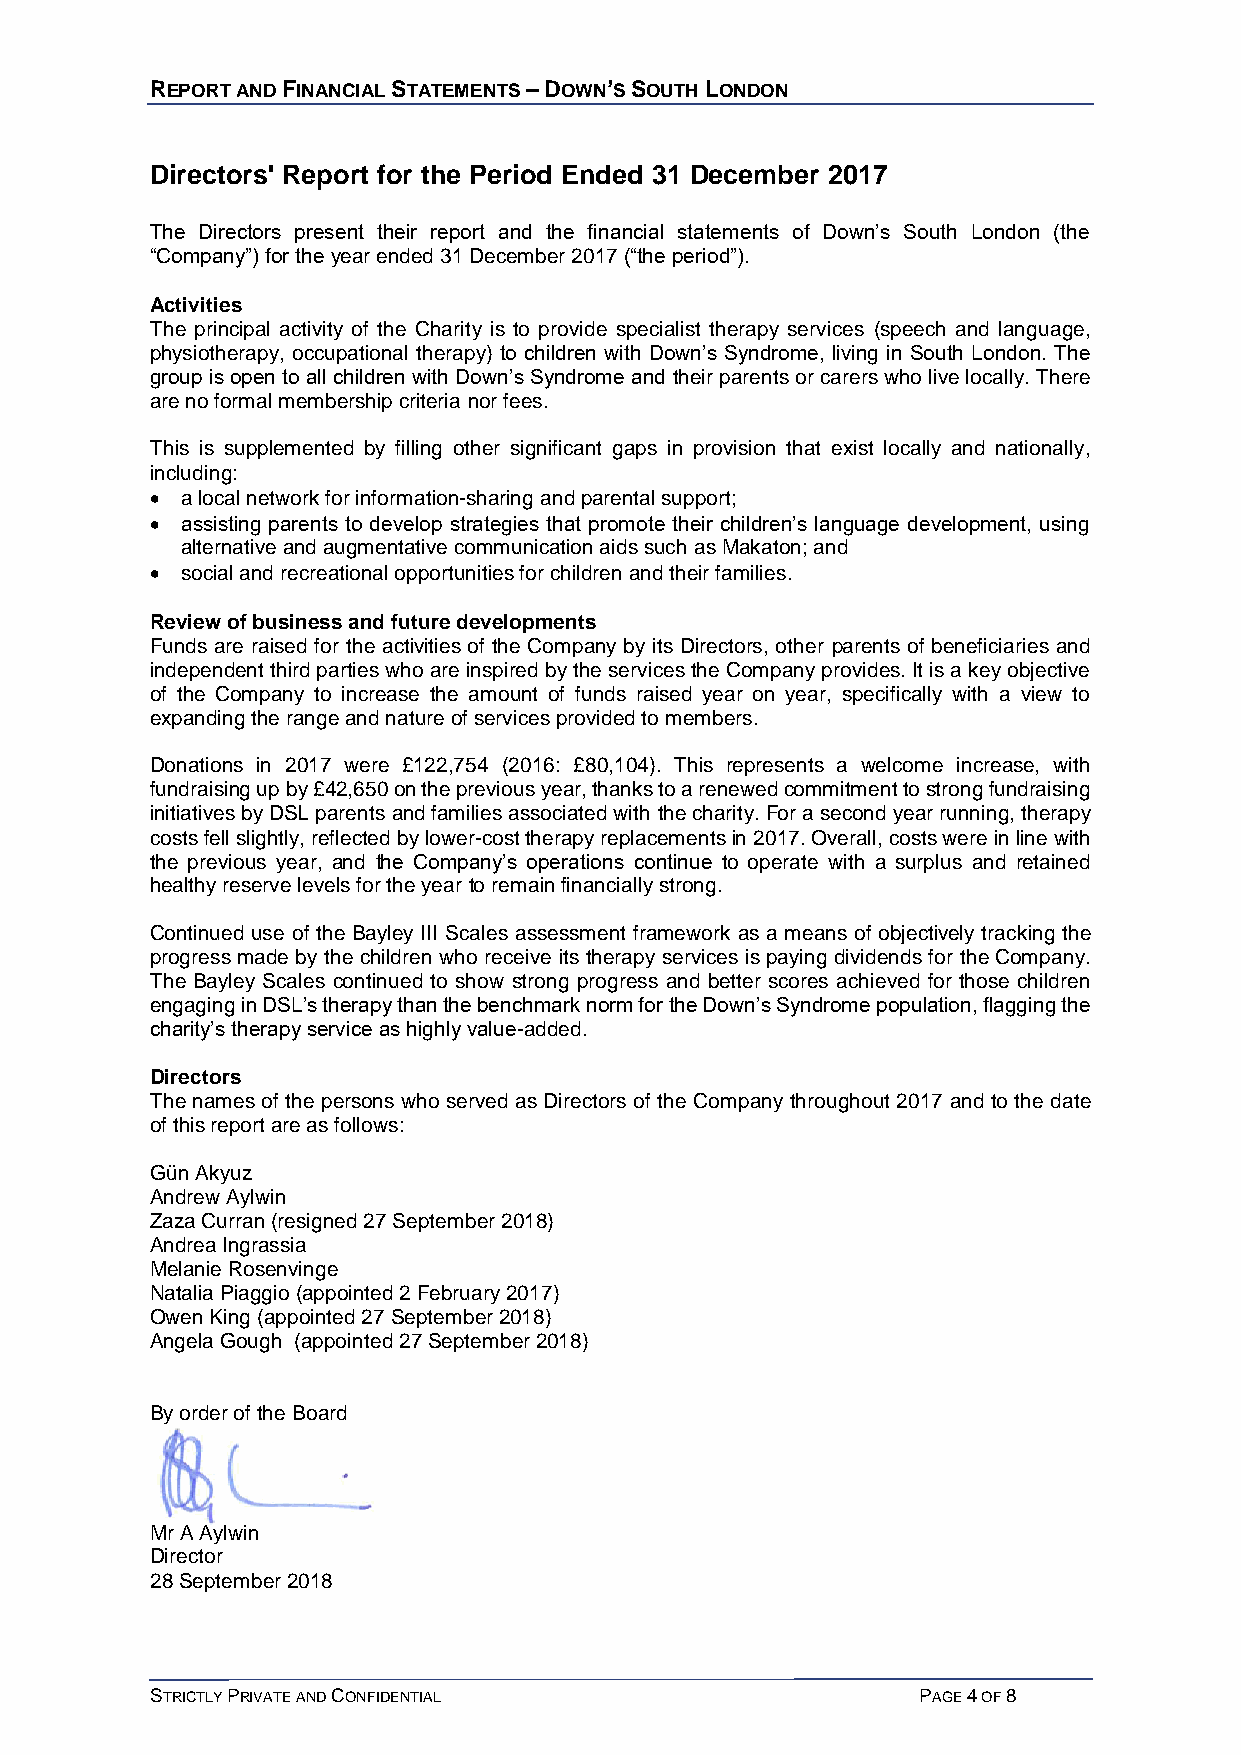
REPORT AND FINANCIAL STATEMENTS – DOWN’S SOUTH LONDON
 Directors' Report for the Period Ended 31 December 2017
 The Directors present their report and the financial statements of Down’s South London (the
 “Company”) for the year ended 31 December 2017 (“the period”).
 Activities
 The principal activity of the Charity is to provide specialist therapy services (speech and language,
 physiotherapy, occupational therapy) to children with Down’s Syndrome, living in South London. The
 group is open to all children with Down’s Syndrome and their parents or carers who live locally. There
 are no formal membership criteria nor fees.
 This is supplemented by filling other significant gaps in provision that exist locally and nationally,
 including:
 • a local network for information-sharing and parental support;
 • assisting parents to develop strategies that promote their children’s language development, using
 alternative and augmentative communication aids such as Makaton; and
 • social and recreational opportunities for children and their families.
 Review of business and future developments
 Funds are raised for the activities of the Company by its Directors, other parents of beneficiaries and
 independent third parties who are inspired by the services the Company provides. It is a key objective
 of the Company to increase the amount of funds raised year on year, specifically with a view to
 expanding the range and nature of services provided to members.
 Donations in 2017 were £122,754 (2016: £80,104). This represents a welcome increase, with
 fundraising up by £42,650 on the previous year, thanks to a renewed commitment to strong fundraising
 initiatives by DSL parents and families associated with the charity. For a second year running, therapy
 costs fell slightly, reflected by lower-cost therapy replacements in 2017. Overall, costs were in line with
 the previous year, and the Company’s operations continue to operate with a surplus and retained
 healthy reserve levels for the year to remain financially strong.
 Continued use of the Bayley III Scales assessment framework as a means of objectively tracking the
 progress made by the children who receive its therapy services is paying dividends for the Company.
 The Bayley Scales continued to show strong progress and better scores achieved for those children
 engaging in DSL’s therapy than the benchmark norm for the Down’s Syndrome population, flagging the
 charity’s therapy service as highly value-added.
 Directors
 The names of the persons who served as Directors of the Company throughout 2017 and to the date
 of this report are as follows:
 Gün Akyuz
 Andrew Aylwin
 Zaza Curran (resigned 27 September 2018)
 Andrea Ingrassia
 Melanie Rosenvinge
 Natalia Piaggio (appointed 2 February 2017)
 Owen King (appointed 27 September 2018)
 Angela Gough (appointed 27 September 2018)
 By order of the Board
 Mr A Aylwin
 Director
 28 September 2018
 STRICTLY PRIVATE AND CONFIDENTIAL                  PAGE 4 OF 8